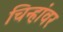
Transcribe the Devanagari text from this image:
चिन्हांवर